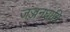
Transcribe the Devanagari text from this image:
जज्जनधाम्नि